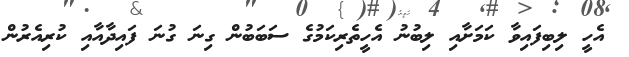
އެހީ ލިބިފައިވާ ކަމަށާއި ލިބުނު އެހީތެރިކަމުގެ ސަބަބުން ގިނަ ގުނަ ފައިދާއާއި ކުރިއެރުން